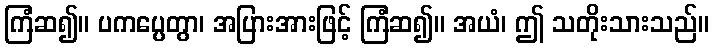
ကြံဆ၍။ ပကပ္ပေတွာ၊ အပြားအားဖြင့် ကြံဆ၍။ အယံ၊ ဤ သတိုးသားသည်။